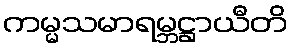
ကမ္မသမာရမ္ဘဋ္ဌာယီတိ